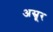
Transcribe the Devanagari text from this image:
अस्रूर